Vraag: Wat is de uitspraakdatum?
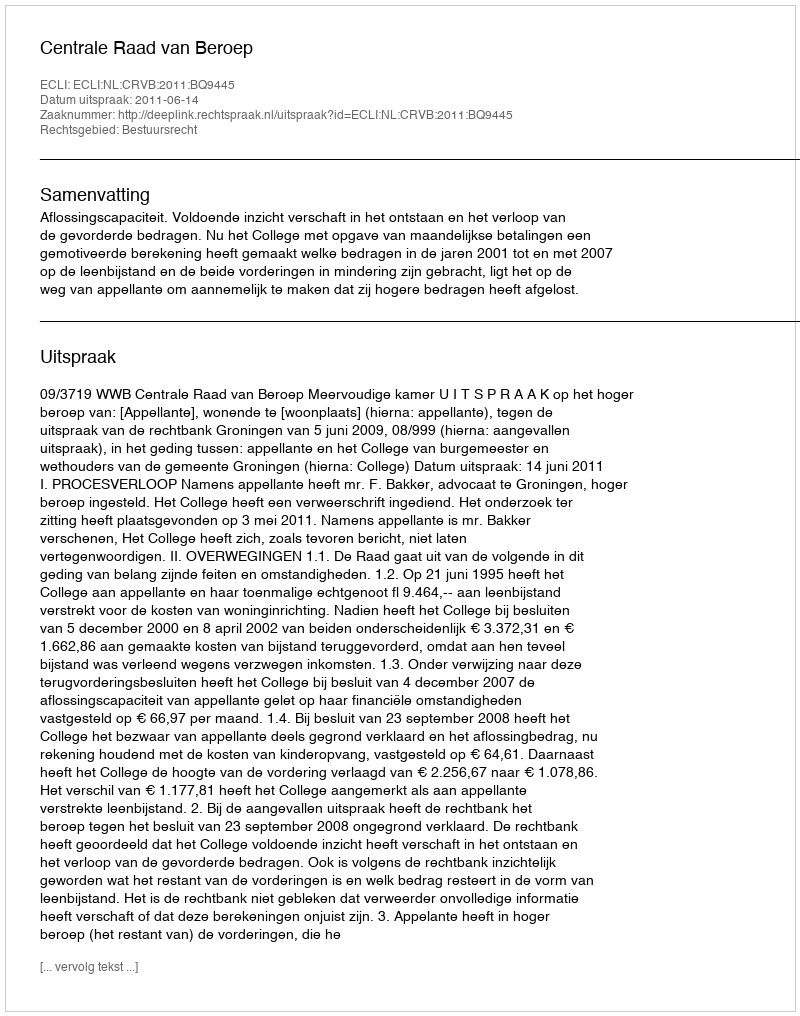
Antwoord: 2011-06-14